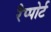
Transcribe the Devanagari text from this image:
रैप्पोर्ट